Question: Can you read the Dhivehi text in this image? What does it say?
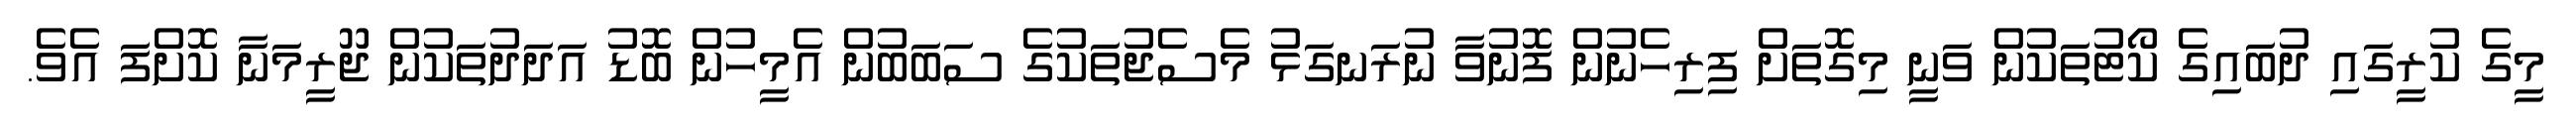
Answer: މީގެ ކުރީގައި ދުބައިގެ ކޯޓުތަކުން ވަނީ މިގޮތަށް ފިރިހެނުން ފޮނުވާ ނުރަނގަޅު މެސެޖުތަކުގެ ސަބަބުން އެމީހުން ބޮޑު އަދަދުތަކުން ޖޫރީމަނާ ކޮށްފަ އެވެ.